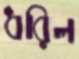
ধরিল